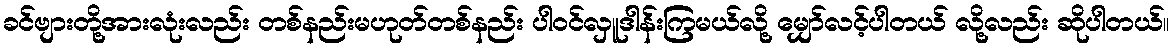
ခင်ဗျားတို့အားလုံးလည်း တစ်နည်းမဟုတ်တစ်နည်း ပါဝင်လှူဒါန်းကြမယ်လို့ မျှော်လင့်ပါတယ် လို့လည်း ဆိုပါတယ်။